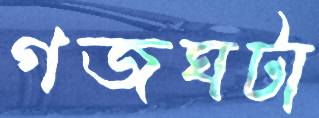
গজঘটা